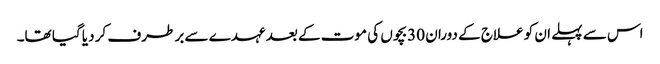
اس سے پہلے ان کو علاج کے دوران 30بچوں کی موت کے بعد عہدے سے بر طرف کر دیا گیا تھا۔